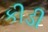
કીડી